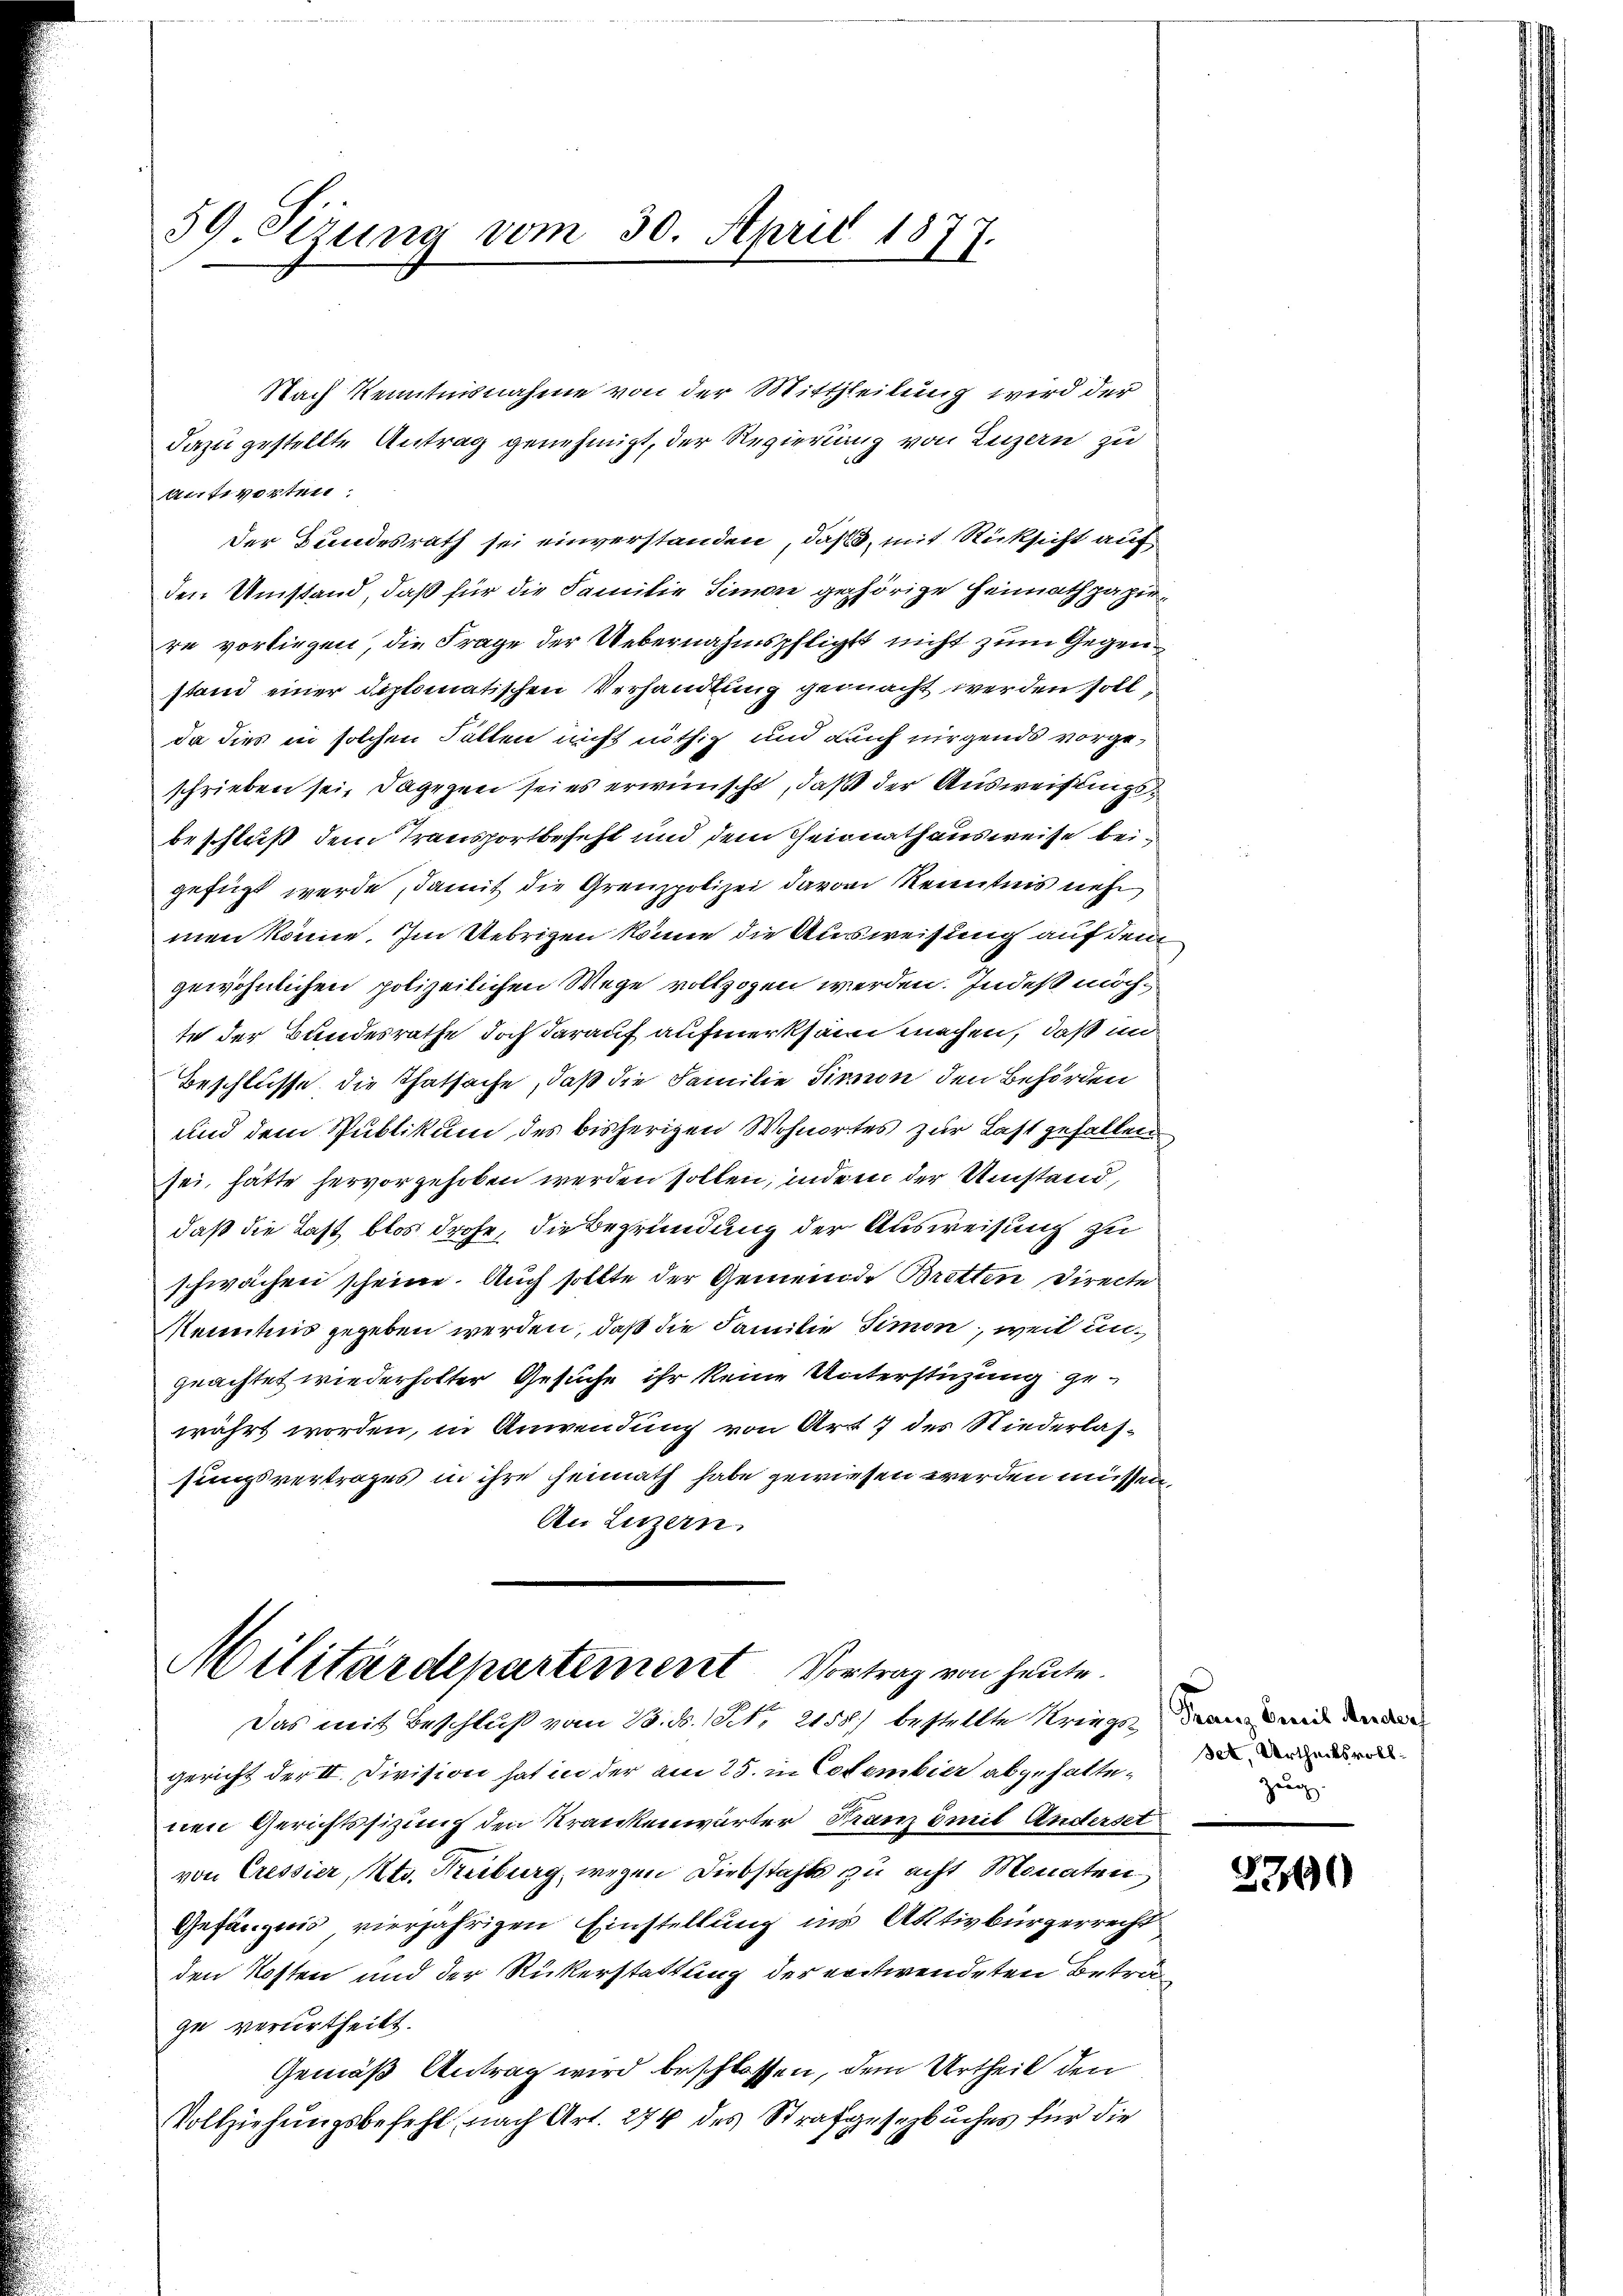
59. Sizung vom 30. April 1877.

Nach Kenntnisnahme von der Mittheilung wird der
dazu gestellte Antrag genehmigt, der Regierung von Luzern zu
antworten:
Der Bundesrath sei einverstanden, daß, mit Rücksicht auf
den Umstand, daß für die Familie Simon gehörige Heimathpapiere vorliegen, die Frage der Uebernahmspflichst nicht zum Gegenstand einer diplomatischen Verhandlung gemacht werden soll,
da dies in solchen Fällen nicht nöthig und auch nirgende vorgeschrieben sei, dagegen sei es erwünscht, daß der Ausweisungsbeschluß dem Transportbeseht und dem Geionathausweise beigefügt werde, damit die Grenzpolizei davon Kenntnis neh
men könne. Im Uebrigen könne die Ausweisung auf dem
gewöhnlichen polizeilichen Wege vollzogen werden. Indeß möchte der Bundesrathe doch darauf aufmerksam machen, daß in
Beschlüsse die Thatsache, daß die Familie Firnon den Behörden
und dem Spublikum des bisherigen Wohnortes zur Last gefallen
sei, hätte hervorgehoben werden sollen, indem der Umstand,
daß die Last blos drohe, die Begründung der Ausweisung zu
schwächen scheine. Auch sollte der Gemeinde Bretten Directe
Kenntnis gegeben werden, daß die Familie Simon, weil ungeachtet wiederholter Gesuche ihr keine Unterstüzung gewährt worden, in Anwendung von Art 7 des Niederlassungsvertrages in ihre Heimath habe gewiesen werden müssen,
An Luzern.

Militärdepartement Vortrag von heute.

Das mit Beschluß vom 23. d. 1 S. 2158) bestellte Kriegs dran und ande
gericht der II. Division hat in der am 25. in Covember abgehalte, die dur
nen Gerichtssizung den Krankenwärter Franz mit Anderset
von Cressier, Kts. Keiburg, wegen Diebstahls zu acht Monaten
Gefängnis vierjährigen Einstellung ins Aktivbürgerrecht
den Kosten und der Rükerstattung der entwendeten Betra
ge verurtheilt.
Gemäß Antrag wird beschlossen, dem Urtheil den
Vollziehungsbefehl, nach Art. 274 des Strafgesezbuches für die

Zug.

2300